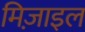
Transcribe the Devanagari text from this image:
मिज़ाइल